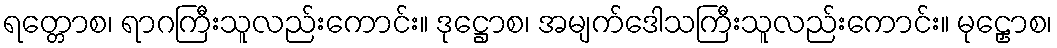
ရတ္တောစ၊ ရာဂကြီးသူလည်းကောင်း။ ဒုဋ္ဌောစ၊ အမျက်ဒေါသကြီးသူလည်းကောင်း။ မုဠှောစ၊